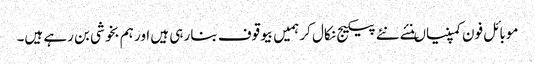
موبائل فون کمپنیاںنئے نئے پیکیج نکال کر ہمیں بیوقوف بنا رہی ہیں اور ہم بخوشی بن رہے ہیں۔